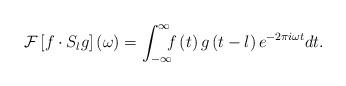
LaTeX: \begin{align*}\mathcal{F}\left[f\cdot S_{l}g\right]\left(\omega\right)=\int_{-\infty}^{\infty}\!\!\!f\left(t\right)g\left(t-l\right)e^{-2\pi i\omega t}dt.\end{align*}